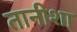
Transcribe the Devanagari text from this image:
तानीशा